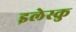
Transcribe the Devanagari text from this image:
इलेस्कु